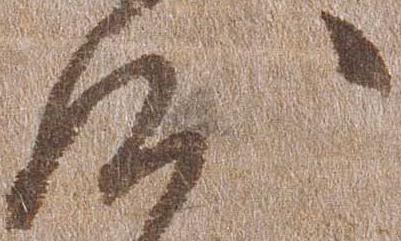
沙